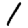
Digit: 1